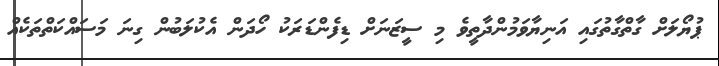
ޕުޔޯލަށް ގާތްގާތުގައި އަނިޔާވަމުންދާތީވެ މި ސީޒަނަށް ޑިފެންޑަރަކު ހޯދަން އެކުލަބުން ގިނަ މަސައްކަތްތަކެއް